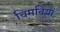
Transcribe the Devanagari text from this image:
चिमनियां